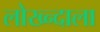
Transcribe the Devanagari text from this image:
लोख्न्दाला